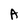
Character: A